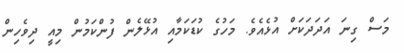
މަސް ގިނަ އަދަދަކަށް އުޅެއެވެ. މަހުގެ ކުޑަކަމާއި އުޅޭލެން ފުންކަމުން މިއީ ދިވެހިން